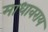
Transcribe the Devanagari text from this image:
माधावराय